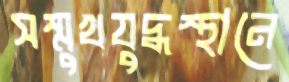
সম্মুখযুদ্ধস্থানে